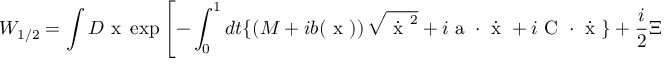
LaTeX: W _ { 1 / 2 } = \int { \cal D } { \mathrm { \boldmath ~ x ~ } } \exp \left[ - \int _ { 0 } ^ { 1 } d t \{ \left( M + i b ( { \mathrm { \boldmath ~ x ~ } } ) \right) \sqrt { \dot { { \mathrm { \boldmath ~ x ~ } } } ^ { 2 } } + i { \mathrm { \boldmath ~ a ~ } } \cdot \dot { \mathrm { \boldmath ~ x ~ } } + i { \mathrm { \boldmath ~ C ~ } } \cdot \dot { \mathrm { \boldmath ~ x ~ } } \} + \frac { i } { 2 } \Xi [ \frac { \dot { { \mathrm { \boldmath ~ x ~ } } } } { | \dot { { \mathrm { \boldmath ~ x ~ } } } | } ] \right] \; .